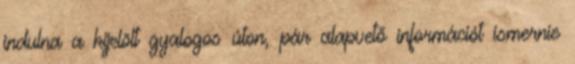
indulna a kijelölt gyalogos úton, pár alapvető információt ismernie